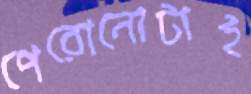
পেরোনোটাই